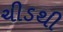
ચીડથી